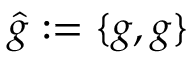
\hat { g } : = \{ g , g \}